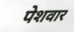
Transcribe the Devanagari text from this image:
पेशवार